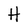
Character: H